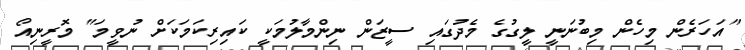
"އަހަރެން މިހެން މިބުނަނީ ލީގުގެ މެދުގައި ސީޒަން ނިންމާލުމަކީ ކައިރިކަމަކަށް ނުވީމަ" މޮރީނިއޯ